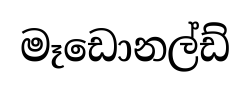
මෑඩොනල්ඩ්